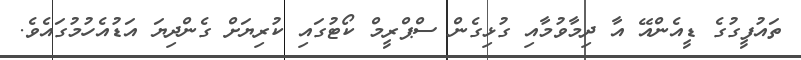
ތައުފީގުގެ ޑީއެންއޭ އާ ދިމާވުމާއި ގުޅިގެން ސްޕްރީމް ކޯޓުގައި ކުރިޔަށް ގެންދިޔަ އަޑުއެހުމުގައެވެ.